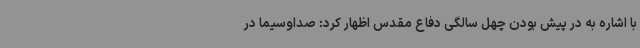
با اشاره به در پیش بودن چهل سالگی دفاع مقدس اظهار کرد: صداوسیما در